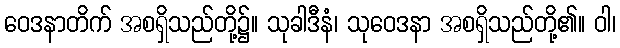
ဝေဒနာတိက် အစရှိသည်တို့၌။ သုခါဒီနံ၊ သုဝေဒနာ အစရှိသည်တို့၏။ ဝါ၊